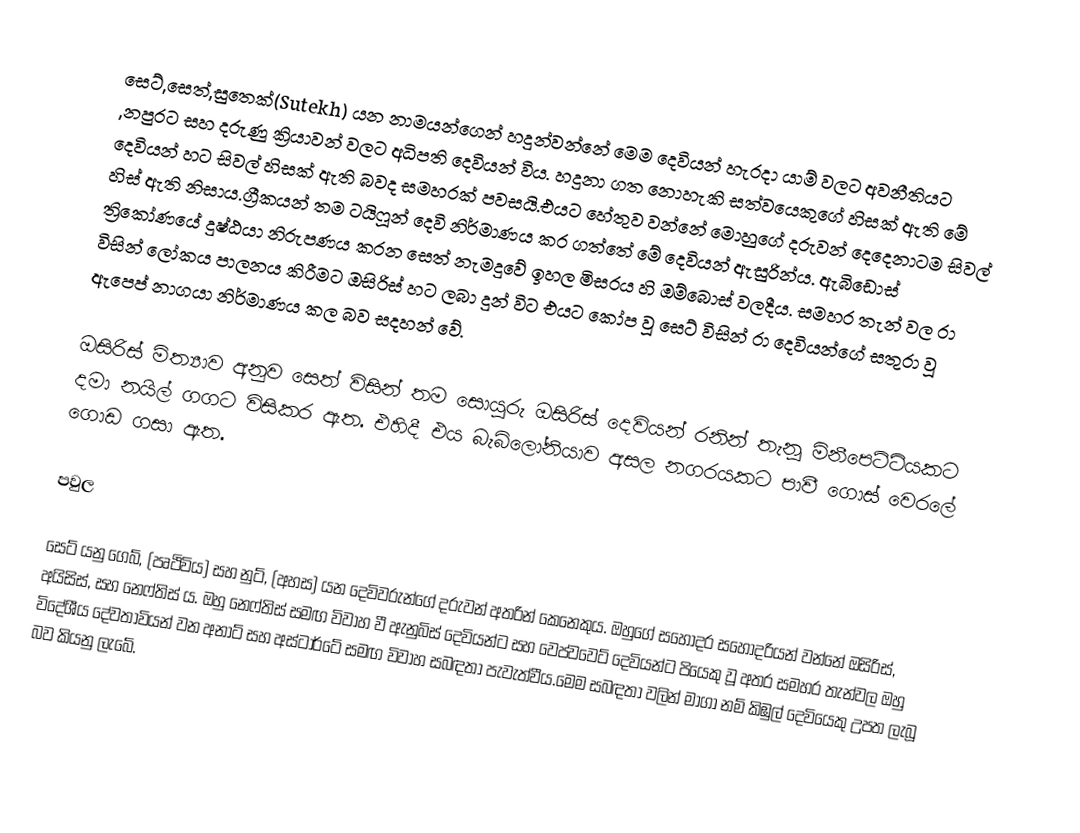
සෙට්,සෙත්,සුතෙක්(Sutekh) යන නාමයන්ගෙන් හදුන්වන්නේ මෙම දෙවියන් හැරදා යාම් වලට අවනීතියට ,නපුරට සහ දරුණු ක්‍රියාවන් වලට අධිපති දෙවියන් විය. හදුනා ගත නොහැකි සත්වයෙකුගේ හිසක් ඇති මේ දෙවියන් හට සිවල් හිසක් ඇති බවද සමහරක් පවසයි.එයට හේතුව වන්නේ මොහුගේ දරුවන් දෙදෙනාටම සිවල් හිස් ඇති නිසාය.ග්‍රීකයන් තම ටයිෆූන් දෙවි නිර්මාණය කර ගත්තේ මේ දෙවියන් ඇසුරින්ය. ඇබිඩොස් ත්‍රිකෝණයේ දුෂ්ඨයා නිරුපණය කරන සෙත් නැමදුවේ ඉහල මිසරය හි  ඔම්බොස් වලදීය. සමහර තැන් වල රා විසින් ලෝකය පාලනය කිරීමට ඔසිරිස් හට ලබා දුන් විට එයට කෝප වූ සෙට් විසින් රා දෙවියන්ගේ සතුරා වූ ඇපෙප් නාගයා නිර්මාණය කල බව සදහන් වේ.

ඔසිරිස් මිත්‍යාව අනුව සෙත් විසින් තම සොයුරු ඔසිරිස් දෙවියන් රනින් තැනූ මිනීපෙට්ටියකට දමා නයිල් ගගට විසිකර ඇත. එහිදී එය බැබිලෝනියාව අසල නගරයකට පාවී ගොස් වෙරලේ ගොඩ ගසා ඇත.

පවුල

 සෙට් යනු ගෙබ්, (පෘථිවිය) සහ නුට්, (අහස) යන දෙවිවරුන්ගේ දරුවන් අතරින් කෙනෙකුය.  ඔහුගේ සහෝදර සහෝදරියන් වන්නේ ඔසිරිස්, අයිසිස්, සහ නෙෆ්තිස් ය.  ඔහු නෙෆ්තිස් සමඟ විවාහ වී ඇනුබිස් දෙවියන්ට සහ වෙප්වවෙට් දෙවියන්ට පියෙකු වූ අතර සමහර තැන්වල ඔහු විදේශීය දේවතාවියන් වන අනාට් සහ අස්ටාර්ටේ සමඟ විවාහ සබඳතා පැවැත්වීය.මෙම සබඳතා වලින් මාගා නම් කිඹුල් දෙවියෙකු උපත ලැබූ බව කියනු ලැබේ.